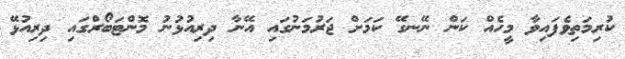
ކުރިމަތިވެފައިވާ މީހެއް ކަން ނޭނގޭ ކަމަށް ޖަރުމަނުގައި އޭނާ ދިރިއުޅުނު މޮންޓަބޯރްގައި ދިރިއުޅޭ